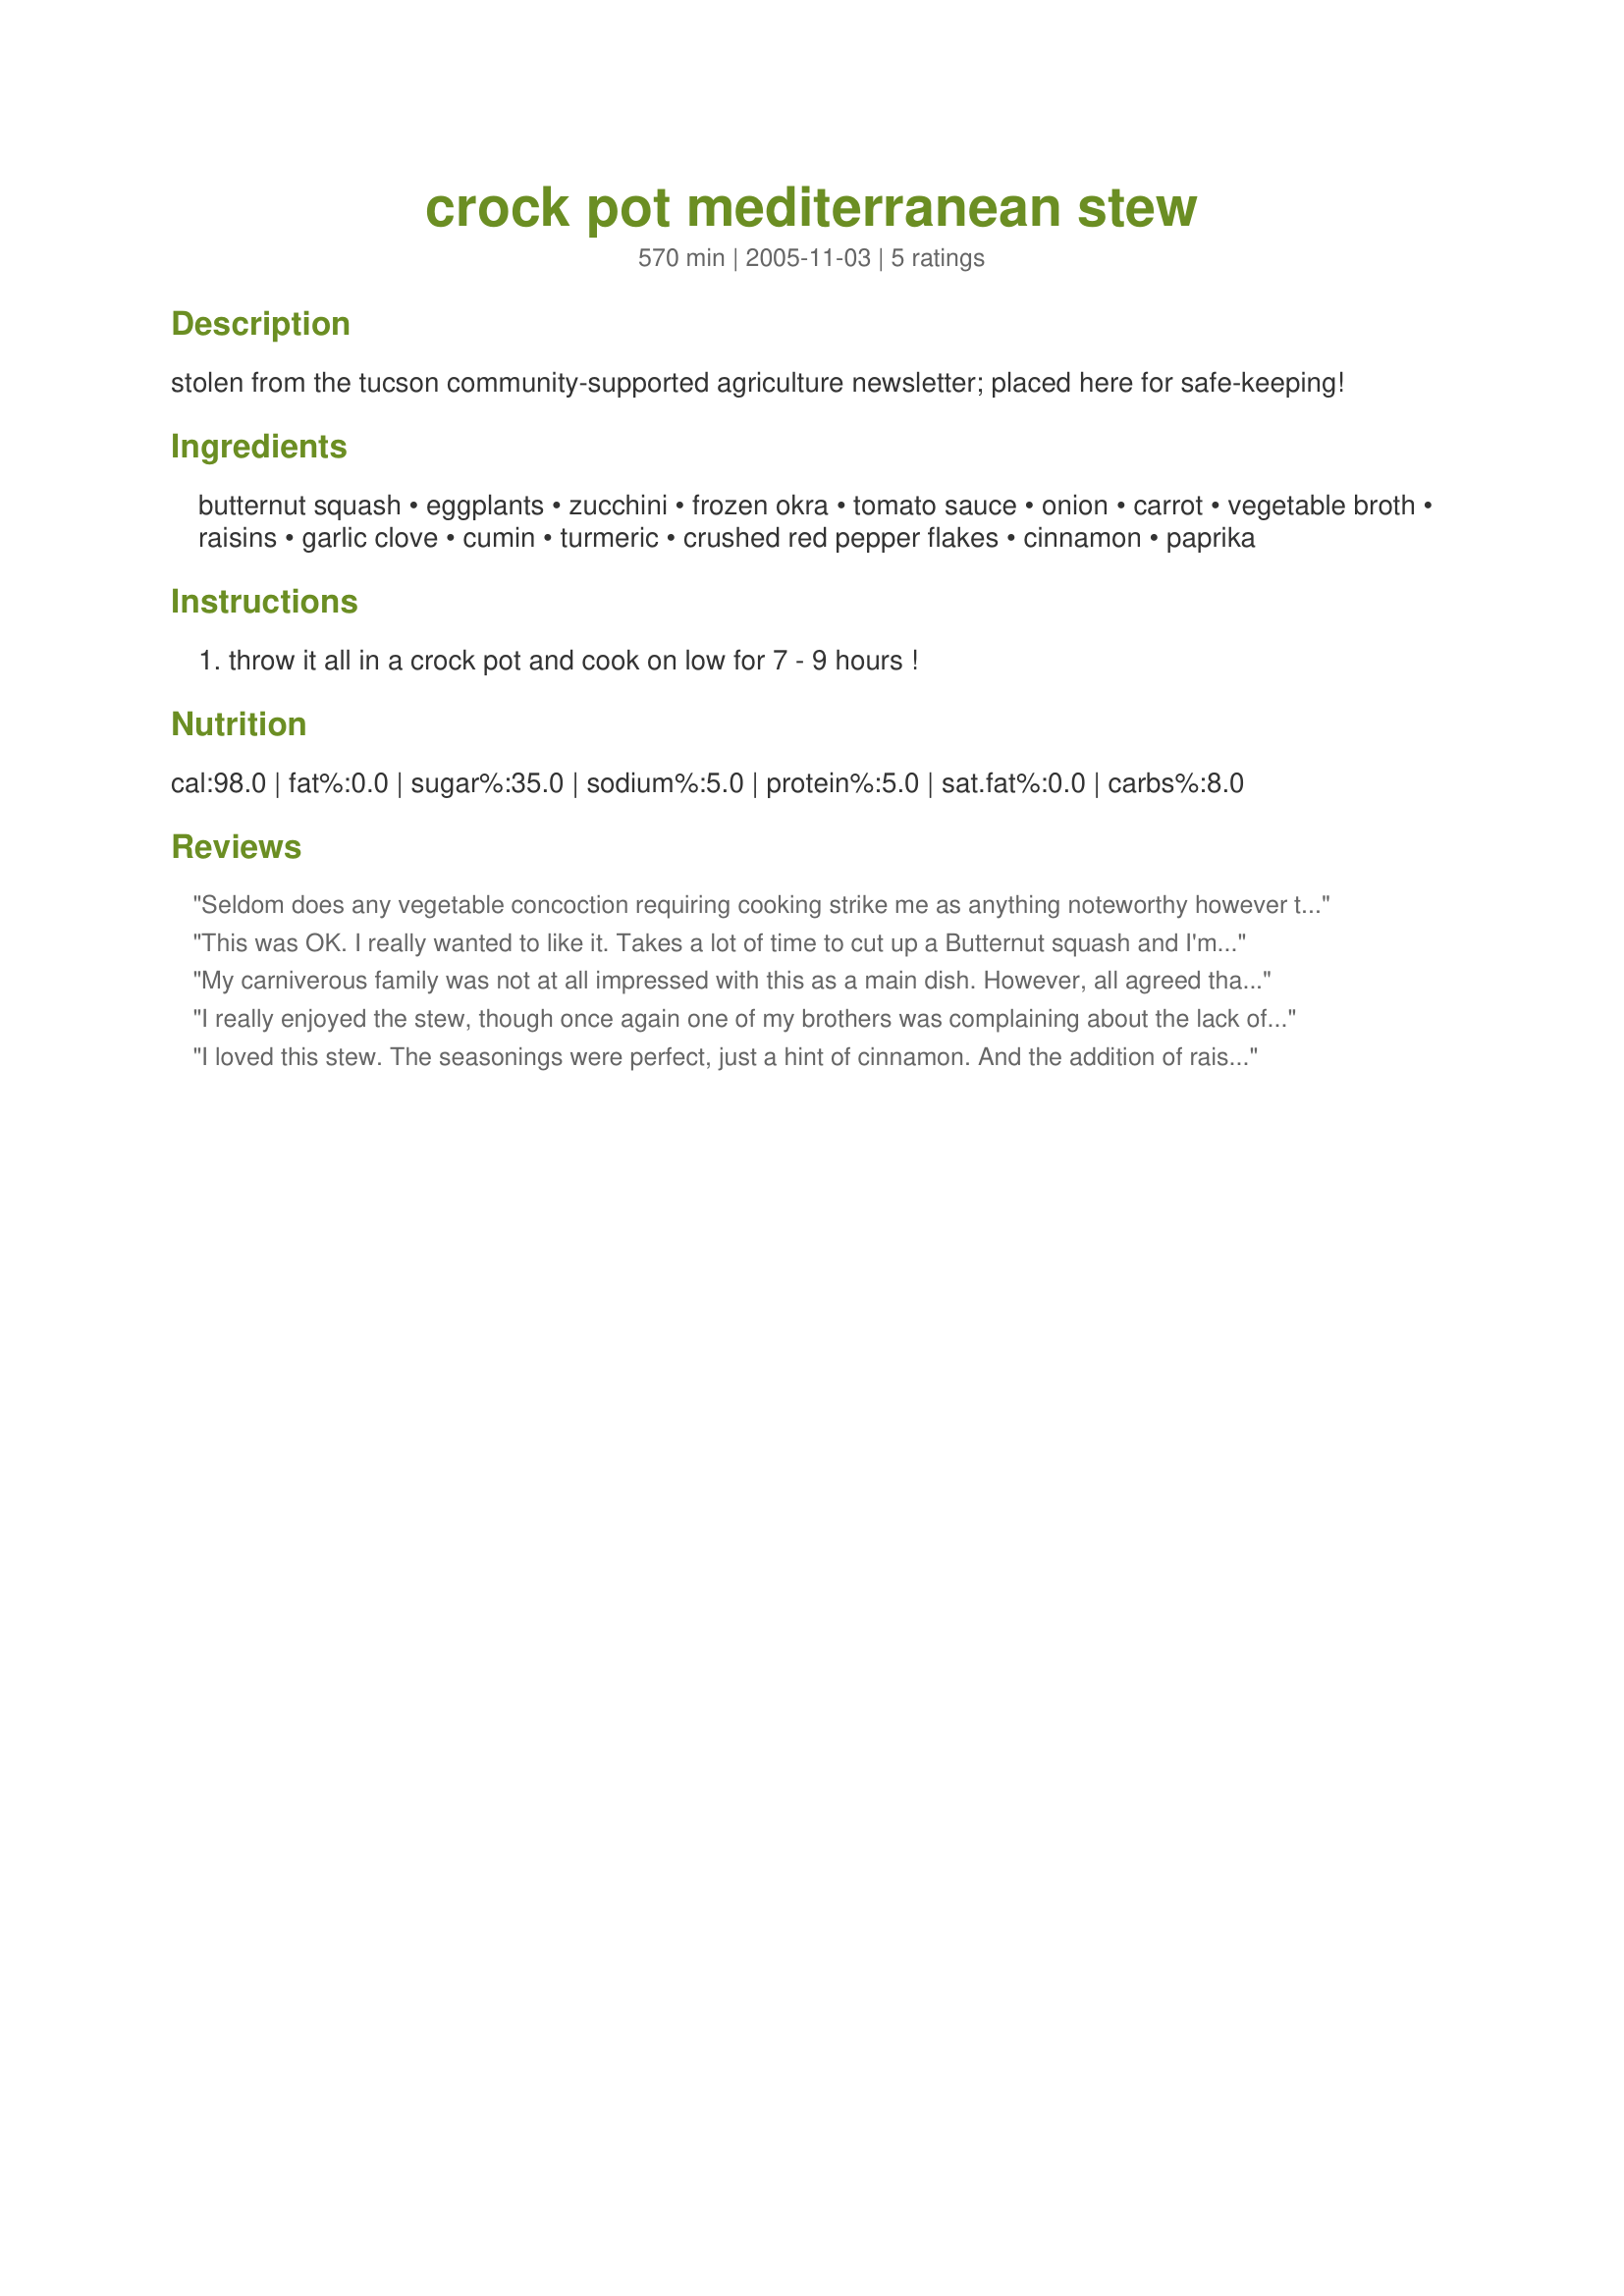
crock pot mediterranean stew
Preparation time: 570 minutes

stolen from the tucson community-supported agriculture newsletter; placed here for safe-keeping!

Ingredients:
butternut squash, eggplants, zucchini, frozen okra, tomato sauce, onion, carrot, vegetable broth, raisins, garlic clove, cumin, turmeric, crushed red pepper flakes, cinnamon, paprika

Steps:
throw it all in a crock pot and cook on low for 7 - 9 hours !

Reviews:
Seldom does any vegetable concoction requiring cooking strike me as anything noteworthy however this Mediterranean Stew is phenomenal! I did Initially like the 3 squash, okra, other vegetables, turmeric, cumin, etc. yet almost turned up my nose when saw the raisins and cinnamon. Who would ever add such to stew? A little reading on subject got me curious. So, with 1st pot I left out these two yet experimented with them while eating. That was so good! This time I just added the cinnamon &amp; raisins in along with the other spices. What an amazingly pleasant digestive experience. Flavor pretty good as well. Goes exceptionally good with fresh spinach and lightly buttered sprouted wheat toast. Enjoy!
This was OK. I really wanted to like it. Takes a lot of time to cut up a Butternut squash and I'm looking for healthy/yummy vegetarian dishes that I can serve occasionally to my "Where's the Meat?" family. The spices are nice... I wonder if I cooked it too long. I know that is sometimes a problem with crockpot cooking taking the flavor out from overcooking. Disenclined to make it again but am eating the leftovers.
My carniverous family was not at all impressed with this as a main dish. However, all agreed that it would have made a good side.
I really enjoyed the stew, though once again one of my brothers was complaining about the lack of meat. No matter, his loss. Just means more stew for me! I couldn't find okra (not a very easy to find ingredient out west), so I used green beans instead. I also found that it needed salt, to help bring out the flavors a bit more.
I loved this stew. The seasonings were perfect, just a hint of cinnamon. And the addition of raisins worked so well. I don't like okra so I used 1/2-cup peas instead. It's a five-star recipe even with peas. Great vegetarian meal.
